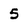
Character: 5